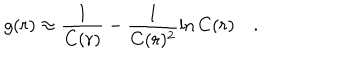
g ( r ) \approx \frac { 1 } { C ( r ) } - \frac { 1 } { C ( r ) ^ { 2 } } \ln C ( r ) \quad .